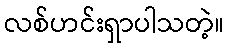
လစ်ဟင်းရှာပါသတဲ့။